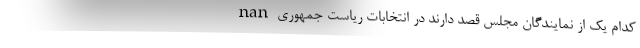
nan کدام یک از نمایندگان مجلس قصد دارند در انتخابات ریاست جمهوری